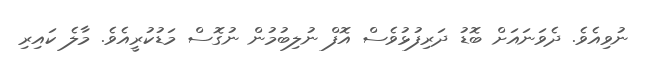
ނުވިއެވެ. ދެވަނައަށް ބޮޑު ދަރިފުޅުވެސް އޮފް ނުލިބުމުން ނުގޮސް މަޑުކުރީއެވެ. މާލެ ކައިރި